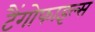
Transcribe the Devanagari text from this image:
टैंगोफाइल्स